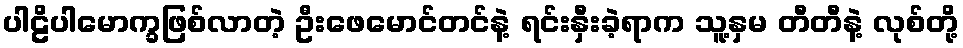
ပါဠိပါမောက္ခဖြစ်လာတဲ့ ဦးဖေမောင်တင်နဲ့ ရင်းနှီးခဲ့ရာက သူ့နှမ တီတီနဲ့ လုစ်တို့